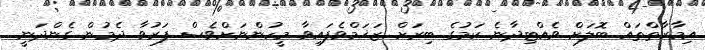
އިމާރާތްތައް ބޮލަށް ވެއްޓިދާނެ ކަމުގެ ބިރަށް ޒަޚަމްވެފައިވާ މީހުންނަށްވެސް ފަރުވާ ދެމުން ގެންދަނީ